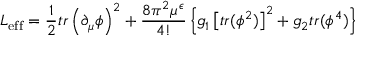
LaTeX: { \cal L _ { \mathrm { e f f } } } = { \frac { 1 } { 2 } } t r \left( \partial _ { \mu } \phi \right) ^ { 2 } + { \frac { 8 \pi ^ { 2 } \mu ^ { \epsilon } } { 4 ! } } \left\{ g _ { 1 } \left[ t r ( \phi ^ { 2 } ) \right] ^ { 2 } + g _ { 2 } t r ( \phi ^ { 4 } ) \right\}